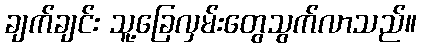
ချက်ချင်း သူ့ခြေလှမ်းတွေသွက်လာသည်။